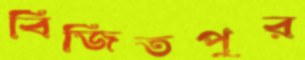
বিজিতপুর